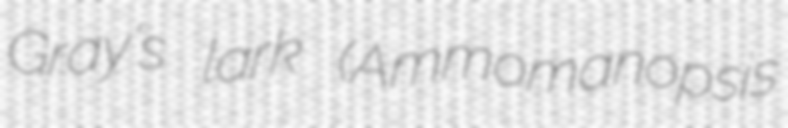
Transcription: Gray's lark (Ammomanopsis